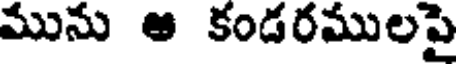
మును ఆ కండరములపై